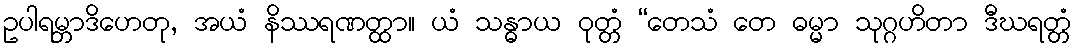
ဥပါရမ္ဘာဒိဟေတု, အယံ နိဿရဏတ္ထာ။ ယံ သန္ဓာယ ဝုတ္တံ “တေသံ တေ ဓမ္မာ သုဂ္ဂဟိတာ ဒီဃရတ္တံ